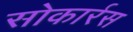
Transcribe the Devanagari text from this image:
सोकार्रस